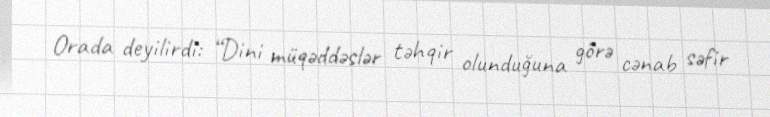
Orada deyilirdi: “Dini müqəddəslər təhqir olunduğuna görə cənab səfir